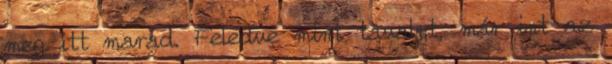
meg itt marad. Feledve mint tavalyt, már int az